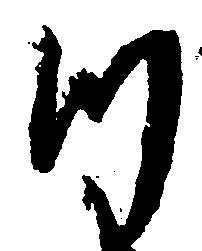
つ